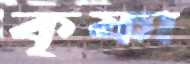
কৃষ্ণা